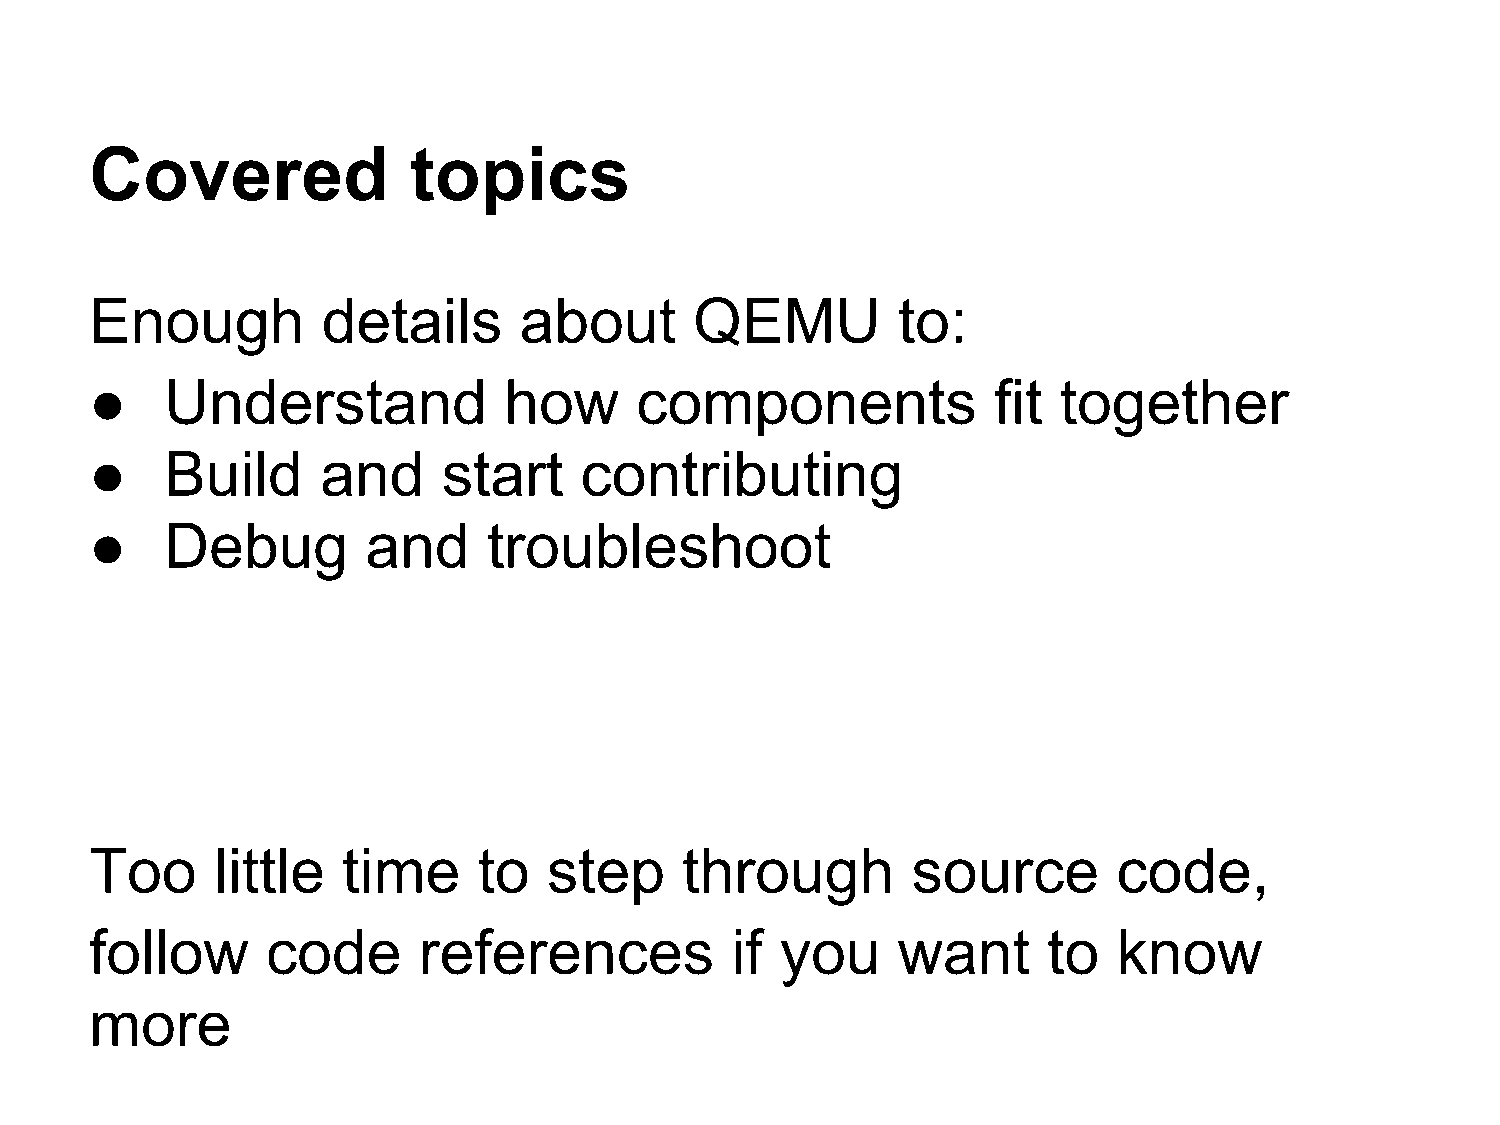
Covered              topics
 Enough         details      about       QEMU         to:
 ●    Understand            how      components              fit together
 ●    Build     and     start    contributing
 ●    Debug        and     troubleshoot
 Too     little   time     to  step     through        source        code,
 follow      code      references          if  you    want      to   know
 more